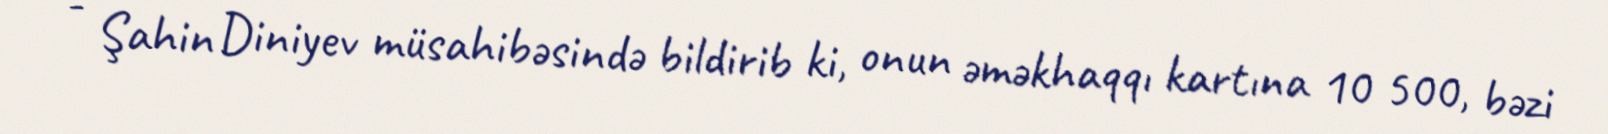
- Şahin Diniyev müsahibəsində bildirib ki, onun əməkhaqqı kartına 10 500, bəzi